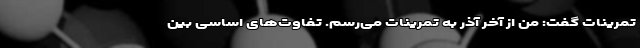
تمرینات گفت: من از آخر آذر به تمرینات می‌رسم. تفاوت‌های اساسی بین